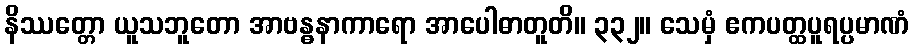
နိဿတ္တော ယူသဘူတော အာဗန္ဓနာကာရော အာပေါဓာတူတိ။ ၃၃၂။ သေမှံ ဧကပတ္ထပူရပ္ပမာဏံ